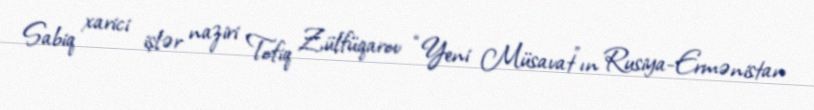
Sabiq xarici işlər naziri Tofiq Zülfüqarov “Yeni Müsavat”ın Rusiya-Ermənistan